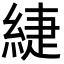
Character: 緁